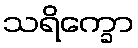
သရိက္ခော